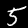
Digit: 5